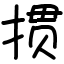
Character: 掼